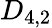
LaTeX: D_{4,2}